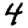
Digit: 4